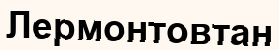
Лермонтовтан